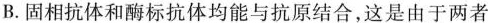
B.固相抗体和酶标抗体均能与抗原结合，这是由于两者